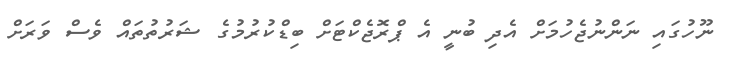
ނޫހުގައި ނަންނުޖެހުމަށް އެދި ބުނީ އެ ޕްރޮޖެކްޓަށް ބިޑްކުރުމުގެ ޝަރުތުތައް ވެސް ވަރަށް